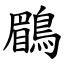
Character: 鶥